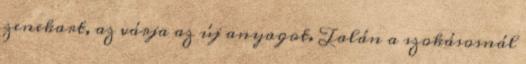
zenekart, az várja az új anyagot. Talán a szokásosnál